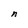
Character: n